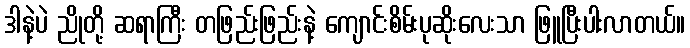
ဒါနဲ့ပဲ ညိုတို့ ဆရာကြီး တဖြည်းဖြည်းနဲ့ ကျောင်းစိမ်းပုဆိုးလေးသာ ဖြူပြီးပါးလာတယ်။